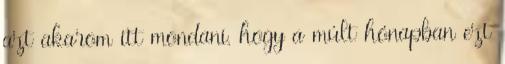
azt akarom itt mondani, hogy a múlt hónapban ezt